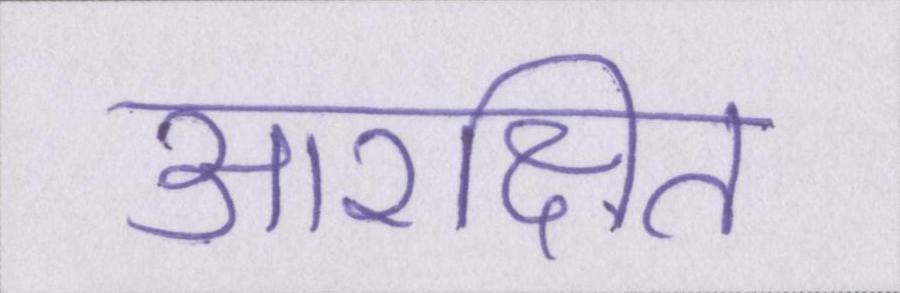
आरक्षित